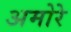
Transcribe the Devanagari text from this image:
अमोरे